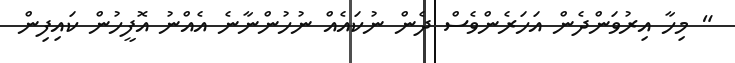
" މިހާ އިރުވަންދެން އަހަރެންވެސް ދެން ނުކައެއް ނުހުންނާނެ އެއްނު އޮފީހުން ކައިފިން